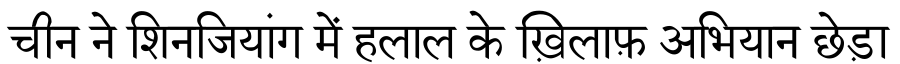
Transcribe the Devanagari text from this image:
चीन ने शिनजियांग में हलाल के ख़िलाफ़ अभियान छेड़ा